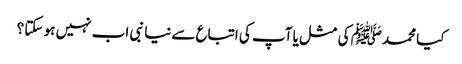
کیا محمدﷺ کی مثل یا آپ کی اتباع سےنیا نبی اب نہیں ہو سکتا ؟